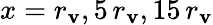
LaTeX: x=r_{\mathbf{v}},5\, r_{\mathbf{v}},15\, r_{\mathbf{v}}